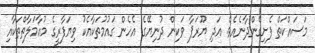
މަސައްކަތް ފެށިގެންދާނެއެވެ. އަދި ޔޫރަޕާ ވަކިން ދުނިޔޭގެ އެހެން ގައުމުތަކާއެކު ވިޔަފާރީގެ މުއާމަލާތްތަކާއި